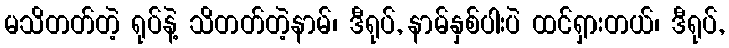
မသိတတ်တဲ့ ရုပ်နဲ့ သိတတ်တဲ့နာမ်၊ ဒီရုပ်, နာမ်နှစ်ပါးပဲ ထင်ရှားတယ်၊ ဒီရုပ်,